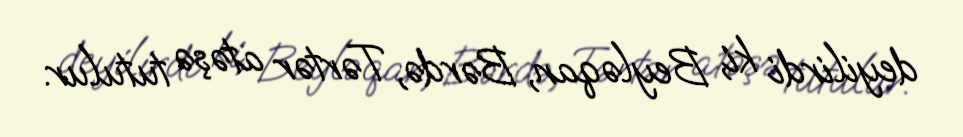
deyilirdi ki, Beyləqan, Bərdə, Tərtər atəşə tutulur.